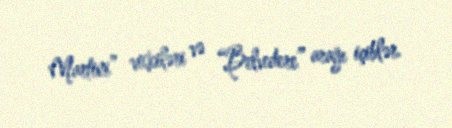
Martini” viskiləri və “Belvedere” arağı içiblər.